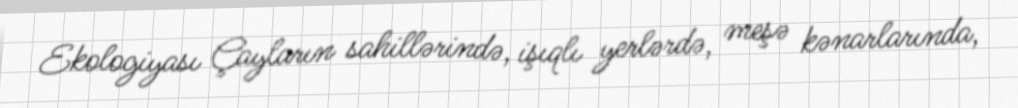
Ekologiyası Çayların sahillərində, işıqlı yerlərdə, meşə kənarlarında,